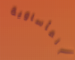
المأساوية